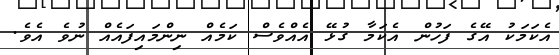
އެކަމަކު އޭގެ ފަހުން އެކަމާ ގުޅޭ އެއްވެސް ކަމެއް ނިންމައިފައެއް ނުވެ އެވެ.